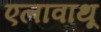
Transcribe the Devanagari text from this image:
एलावाथू